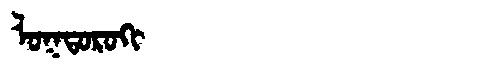
Manchu: ᠯᠣᡴᡨᠣᡵᠣᡴᡳ
Romanization: LOKTOROKI